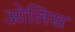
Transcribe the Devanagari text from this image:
ओलिस